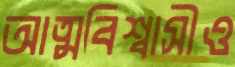
আত্মবিশ্বাসীও